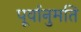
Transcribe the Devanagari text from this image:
पूर्वानुमति